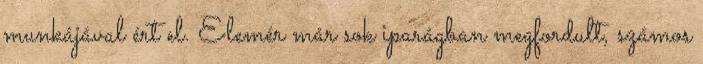
munkájával ért el. Elemér már sok iparágban megfordult, számos